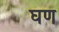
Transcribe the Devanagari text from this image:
घण